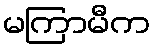
မကြာမီက